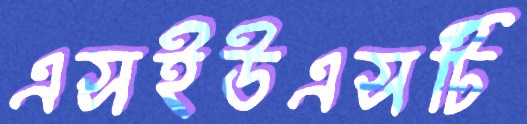
এসইউএসটি